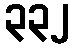
၃၃၂